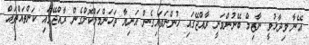
އޭނާ ވިދާޅުވީ ނާޒިމް ބޭނުންވަނީ ރާއްޖޭގައި ހުންނަވައިގެން އަނިޔާ ތަހަންމަލްކޮށްގެން ރާއްޖޭގައި ކަންތައްތައް